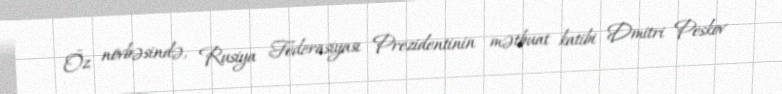
Öz növbəsində, Rusiya Federasiyası Prezidentinin mətbuat katibi Dmitri Peskov